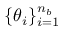
\{ \boldsymbol { \theta } _ { i } \} _ { i = 1 } ^ { n _ { b } }